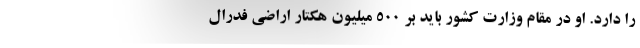
را دارد. او در مقام وزارت کشور باید بر ۵۰۰ میلیون هکتار اراضی فدرال